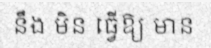
នឹង មិន ធ្វើឱ្យ មាន